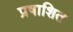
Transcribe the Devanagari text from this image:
प्रषाशित